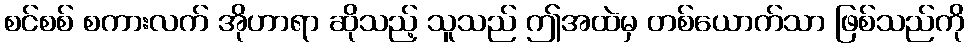
စင်စစ် စကားလက် အိုဟာရာ ဆိုသည့် သူသည် ဤအထဲမှ တစ်ယောက်သာ ဖြစ်သည်ကို